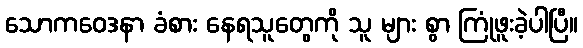
သောကဝေဒနာ ခံစား နေရသူတွေကို သူ များ စွာ ကြုံဖူးခဲ့ပါပြီ။